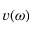
v ( \omega )